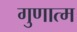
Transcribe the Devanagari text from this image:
गुणात्म